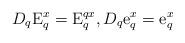
LaTeX: \begin{align*} D_q{{\rm{E}}_q^x } ={{\rm{E}}_q^{qx} }, D_q {{\rm{e}}_q^x }={{\rm{e}}_q^x }\end{align*}